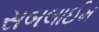
સબલાઈમ